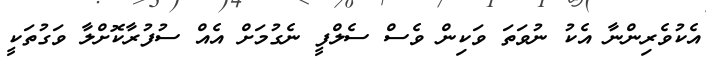
އެކުވެރިންނާ އެކު ނުވަތަ ވަކިން ވެސް ސެލްފީ ނެގުމަށް އެއް ސުފުރާކޮށްލާ ވަގުތަކީ